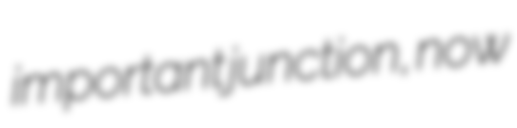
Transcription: important junction, now